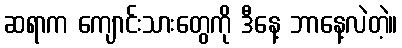
ဆရာက ကျောင်းသားတွေကို ဒီနေ့ ဘာနေ့လဲတဲ့။